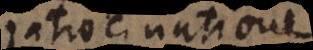
ratiocination